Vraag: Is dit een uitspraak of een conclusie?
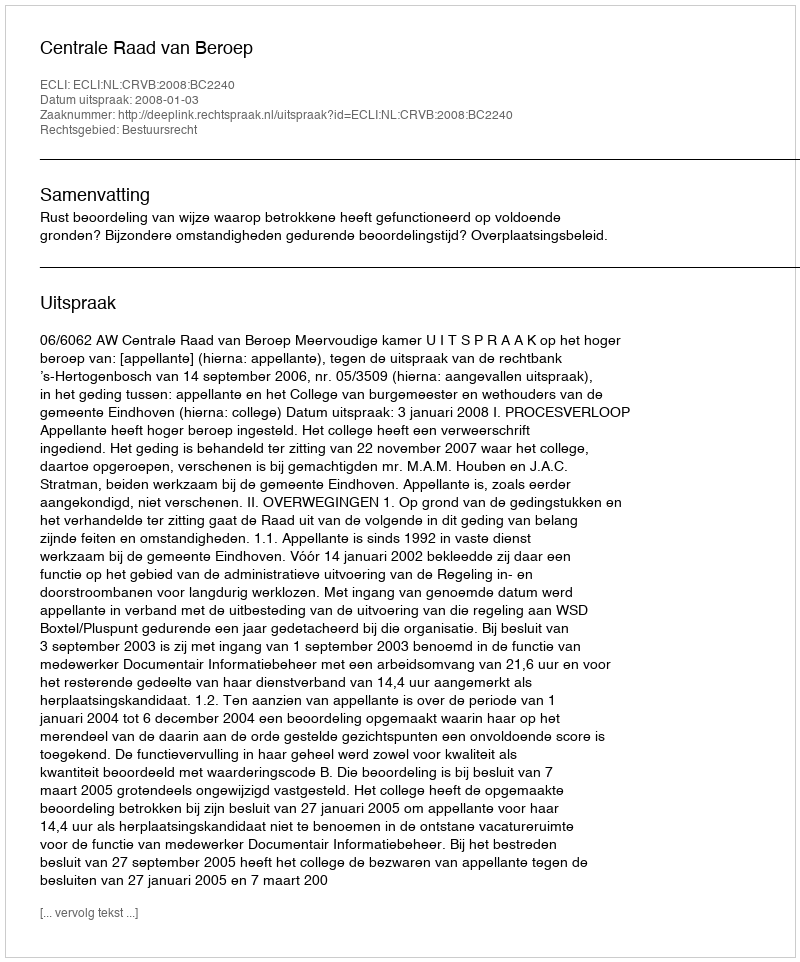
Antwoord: Uitspraak